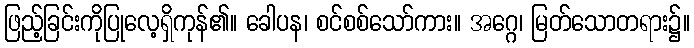
ဖြည့်ခြင်းကိုပြုလေ့ရှိကုန်၏။ ခေါပန၊ စင်စစ်သော်ကား။ အဂ္ဂေ၊ မြတ်သောတရား၌။